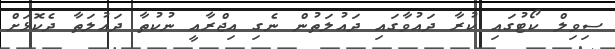
ސިވިލް ކޯޓުގައި ކުރާ ދައުވާގައި ދައުލަތުން ނެގި އިޖްރާއީ ނުކުތާ ދައުލަތާ ދެކޮޅަށް